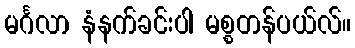
မင်္ဂလာ နံနက်ခင်းပါ မစ္စတန်ပယ်လ်။